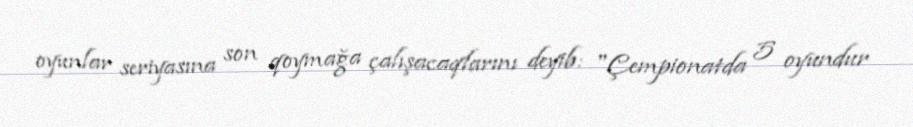
oyunlar seriyasına son qoymağa çalışacaqlarını deyib: "Çempionatda 5 oyundur